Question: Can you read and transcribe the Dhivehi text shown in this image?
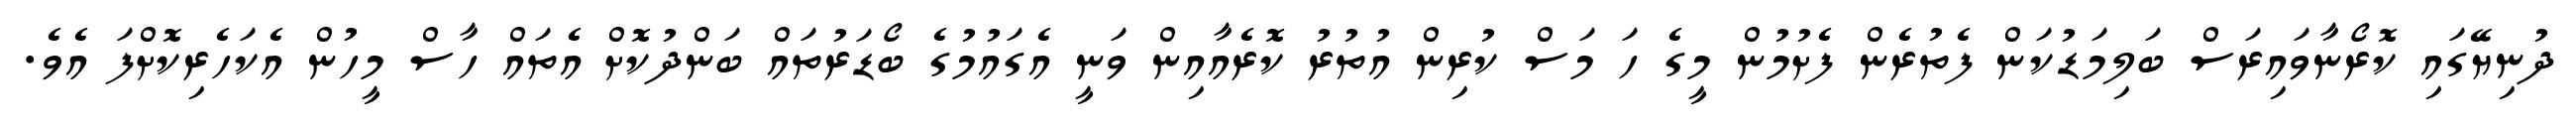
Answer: ދުނިޔޭގައި ކޮރޯނާވައިރަސް ބަލިމަޑުކަން ފެތުރެން ފެށުމުން މީގެ ހަ މަސް ކުރިން އުތުރު ކޮރެއާއިން ވަނީ އެގައުމުގެ ބޯޑަރުތައް ބަންދުކޮށް އެތައް ހާސް މީހުން އެކަހެރިކޮށްފަ އެވެ.